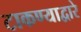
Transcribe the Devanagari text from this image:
टाकण्याद्वारे